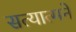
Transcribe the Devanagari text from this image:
सत्यात्मने